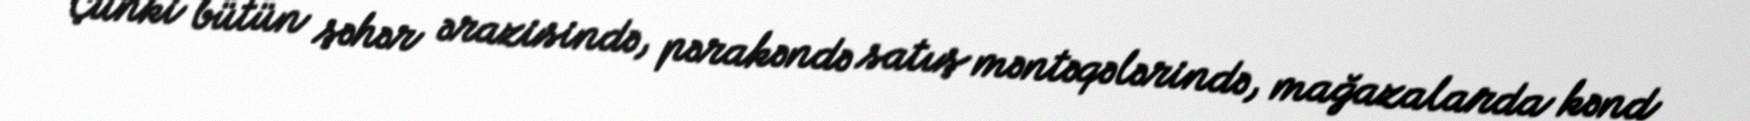
Çünki bütün şəhər ərazisində, pərakəndə satış məntəqələrində, mağazalarda kənd